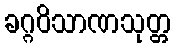
ခဂ္ဂဝိသာဏသုတ္တ